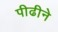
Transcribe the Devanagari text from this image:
पीढीने